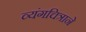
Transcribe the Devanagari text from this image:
व्यंगचित्राने